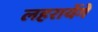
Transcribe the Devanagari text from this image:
लहरायेंगे